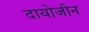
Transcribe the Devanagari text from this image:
दायोजीन